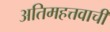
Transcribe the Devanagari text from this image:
अतिमहत्तवाची